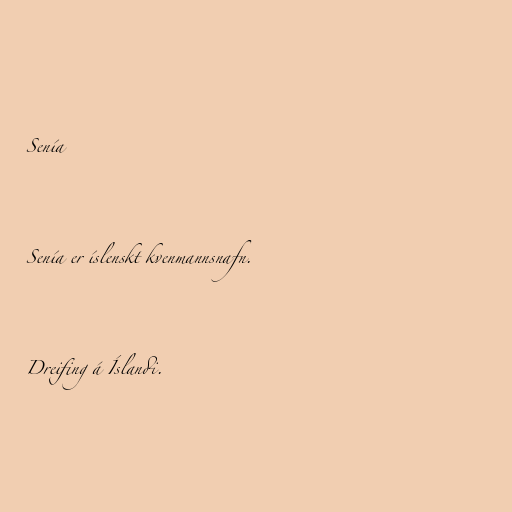
Senía

Senía er íslenskt kvenmannsnafn.

Dreifing á Íslandi.